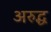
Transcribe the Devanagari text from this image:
अरुद्ध